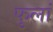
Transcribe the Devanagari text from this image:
फुलां